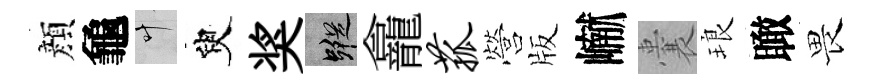
顔龜叶臾奖蹤龕菰營版𪩘囊琅瞰畏